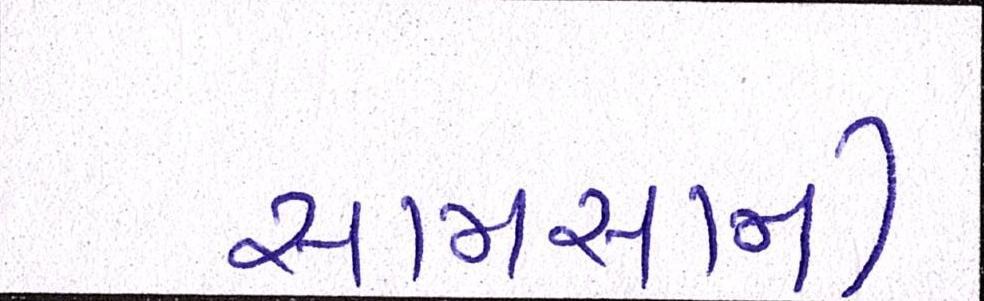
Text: સામસામી